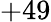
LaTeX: +49